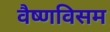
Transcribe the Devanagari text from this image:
वैष्णविसम